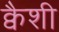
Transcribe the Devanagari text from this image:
क्वैशी